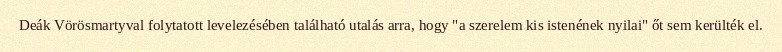
Deák Vörösmartyval folytatott levelezésében található utalás arra, hogy "a szerelem kis istenének nyilai" őt sem kerülték el.